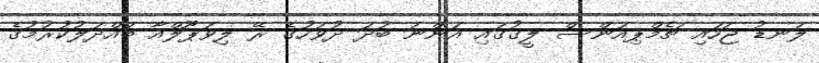
ލަނޑު ޖަހައި ޗެމްޕިއަންސް ލީގުގައި އަންނަ ބުދަ ދުވަހުގެ ރޭ ލިވަޕޫލްއާ ބައްދަލުކުރުމުގެ